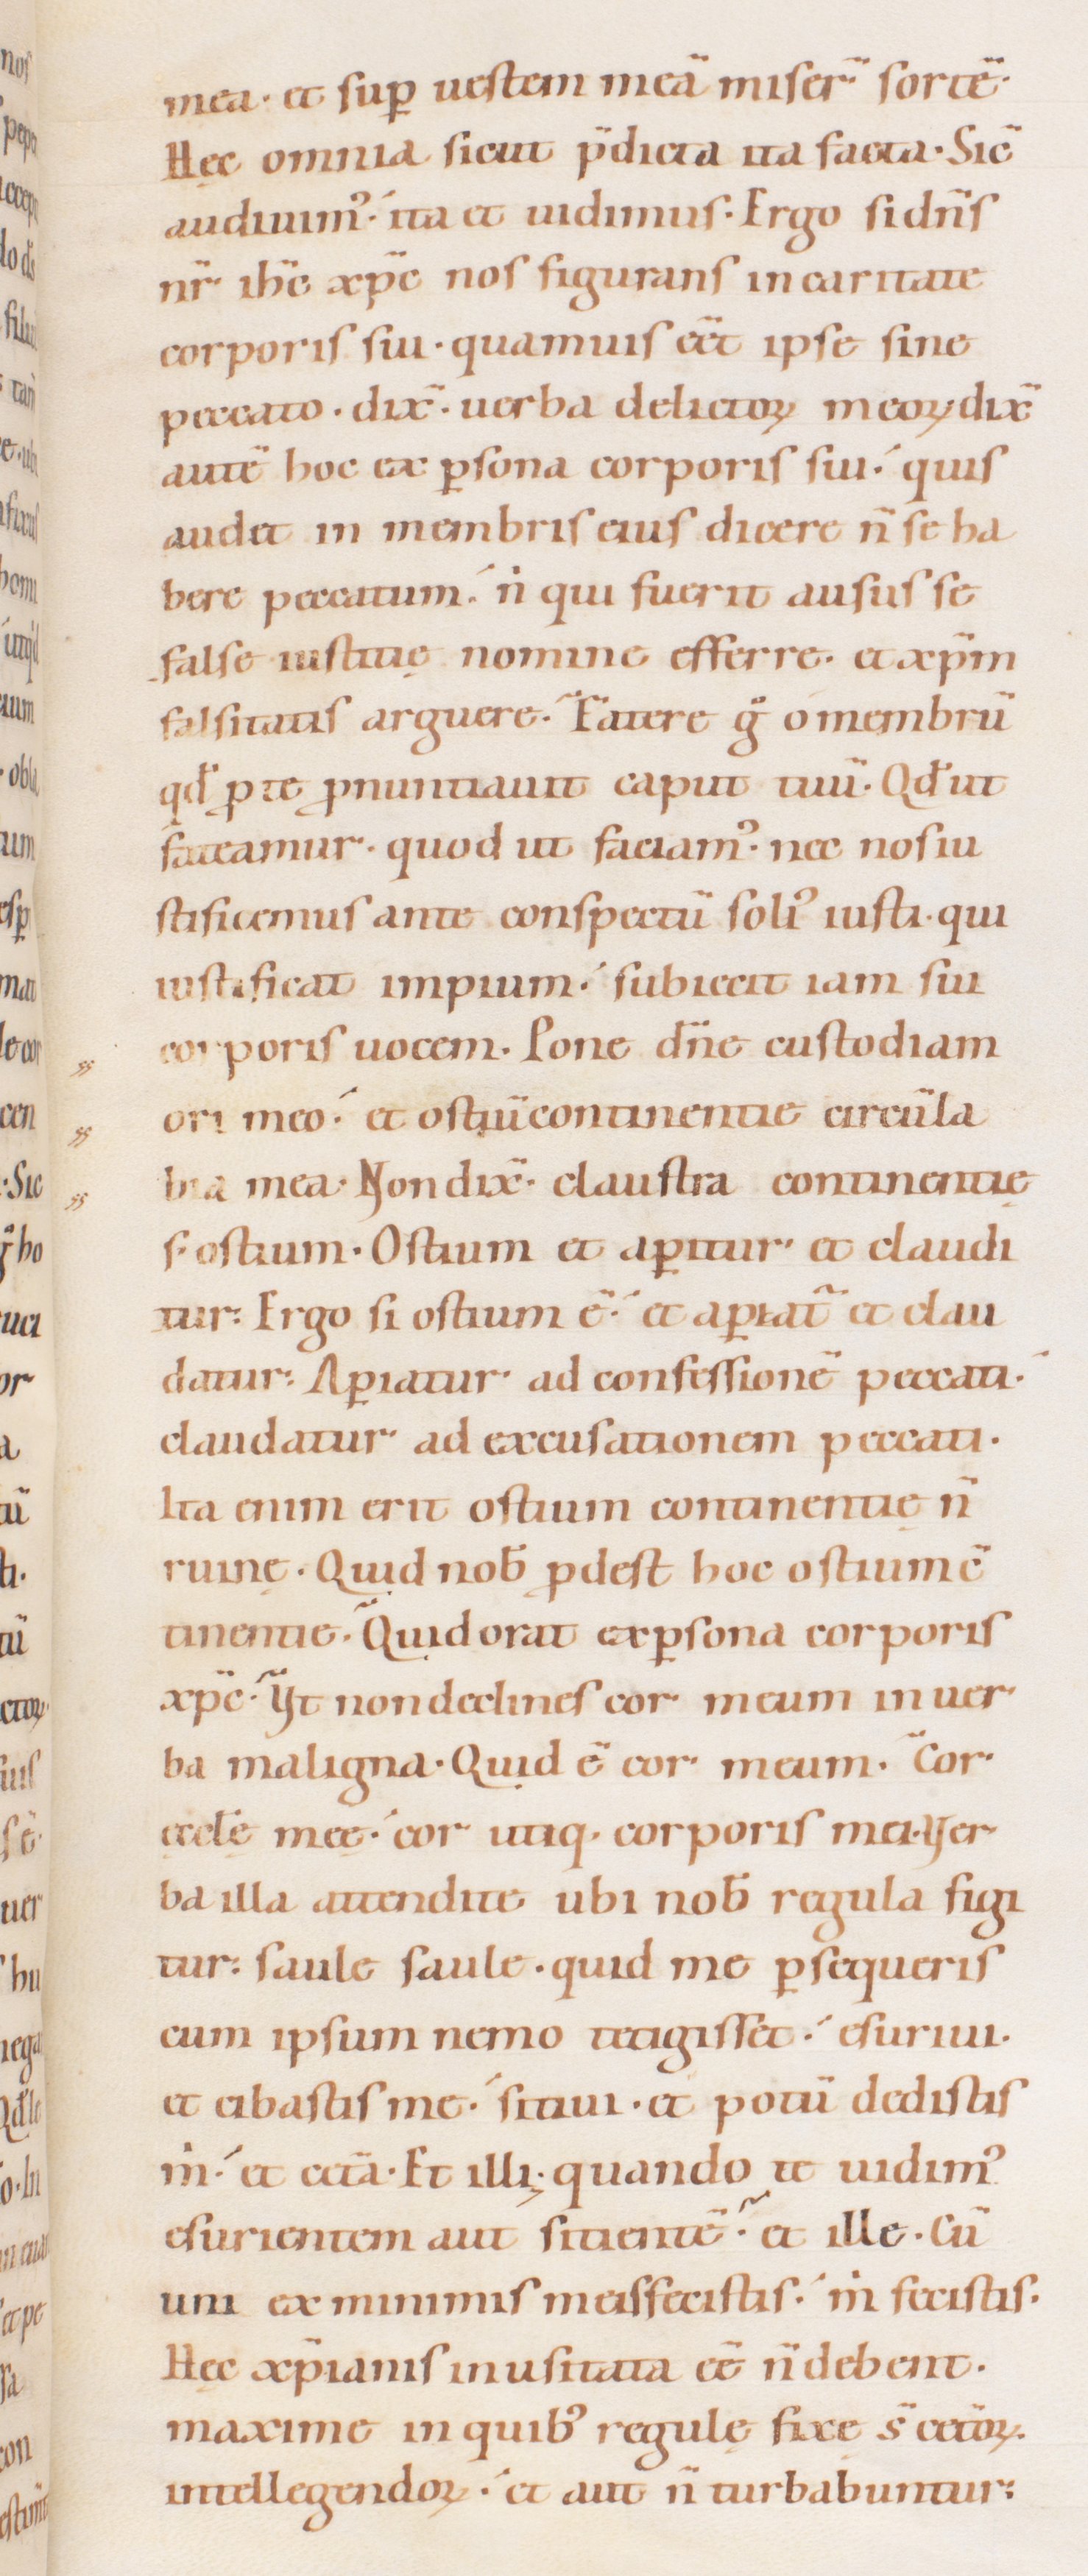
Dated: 1080–1096